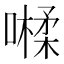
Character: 𡀐